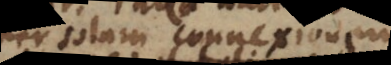
per solam connexionem